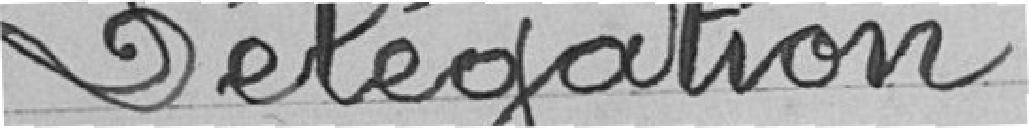
Délégation